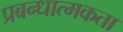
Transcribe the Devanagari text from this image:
प्रबन्धात्मकता